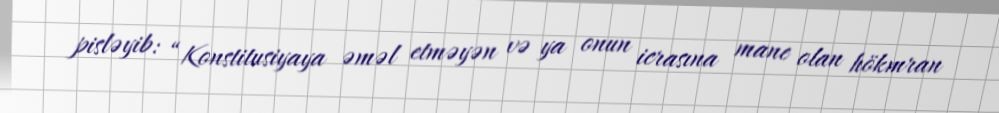
pisləyib: “Konstitusiyaya əməl etməyən və ya onun icrasına mane olan hökmran